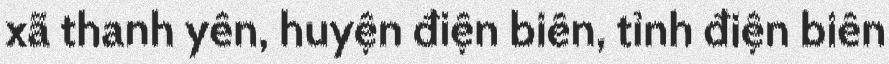
xã thanh yên, huyện điện biên, tỉnh điện biên